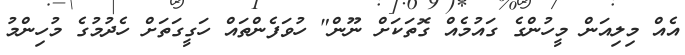
އެއް މިލިއަން މީހުންގެ ގައުމެއް ގޮތަކަށް ނޫން" ހުވަފެންތައް ހަގީގަތަށް ހެދުމުގެ މުހިންމު